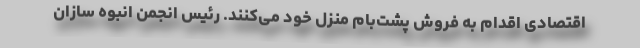
اقتصادی اقدام به فروش پشت‌بام منزل خود می‌کنند. رئیس انجمن انبوه سازان